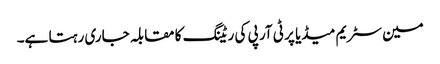
مین سٹریم میڈیا پر ٹی آر پی کی ریٹنگ کا مقابلہ جاری رہتا ہے۔